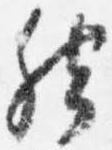
然